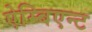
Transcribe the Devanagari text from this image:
ऐम्बिएन्ट